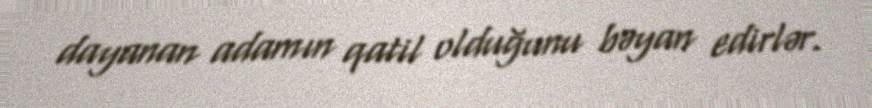
dayanan adamın qatil olduğunu bəyan edirlər.